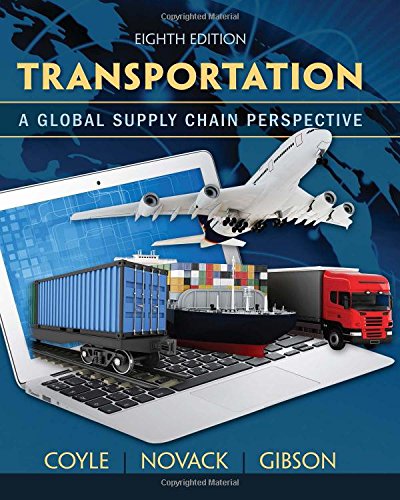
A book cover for Transportation: A Global Supply Chain Perspective; John J. Coyle; Engineering & Transportation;